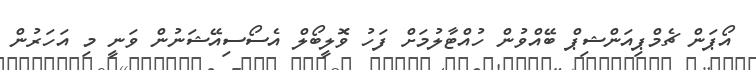
އޯޕަން ޗެމްޕިއަންޝިޕް ބޭއްވުން ހުއްޓާލުމަށް ފަހު ވޮލީބޯލް އެސޯސިއޭޝަނުން ވަނީ މި އަހަރުން